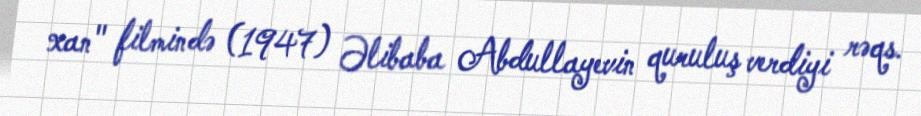
xan" filmində (1947) Əlibaba Abdullayevin quruluş verdiyi rəqs.